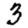
Digit: 3